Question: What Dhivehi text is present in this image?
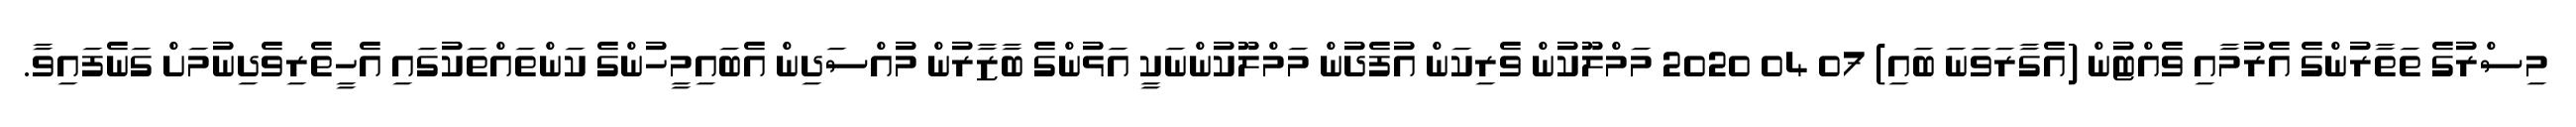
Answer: މިސްރުގެ ތަތާރުންގެ އެރުމާއި ވެއްޓުން (އެގާރަވަނަ ބައި) 07 04 2020 މަމްލޫކުން ވެރިކަން އުފެދުން މަމްލޫކުންނަކީ އަޅުންގެ ބާޒާރުން މުއްސަދިން އެބައިމީހުންގެ ކަންތައްތަކުގައި އެހީތެރިވެދިނުމަށް ގަނެފައިވާ.